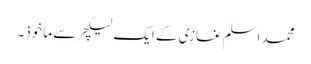
محمد اسلم غازی کے ایک لیکچر سے ماخوذ۔